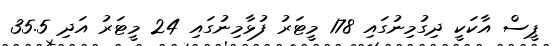
ޕީސް އާކަކީ ދިގުމިނުގައި 178 މީޓަރު ފުޅާމިނުގައި 24 މީޓަރު އަދި 35.5